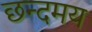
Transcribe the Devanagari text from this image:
छन्दमय